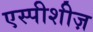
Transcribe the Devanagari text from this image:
एस्पीशीज़